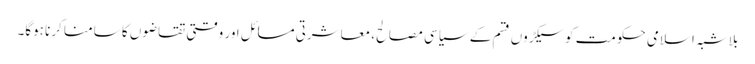
بلاشبہ اسلامی حکومت کو سیکڑوں قسم کے سیاسی مصالح، معاشرتی مسائل اور وقتی تقاضوں کا سامنا کرنا ہوگا۔